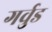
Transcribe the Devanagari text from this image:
गर्वुड